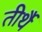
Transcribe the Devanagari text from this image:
तीर्थै